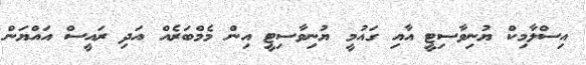
އިސްލާމިކް ޔުނިވާސިޓީ އާއި ގައުމީ ޔުނިވާސިޓީ އިން މެމްބަރެއް އަދި ރައީސް އައްޔަން